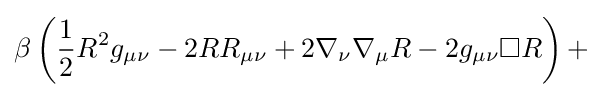
\beta \left({\frac {1}{2}}R^{2}g_{\mu \nu }-2RR_{\mu \nu }+2\nabla _{\nu }\nabla _{\mu }R-2g_{\mu \nu }\Box R\right)+